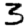
Digit: 3